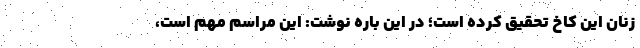
زنان این کاخ تحقیق کرده است؛ در این باره نوشت: این مراسم مهم است،